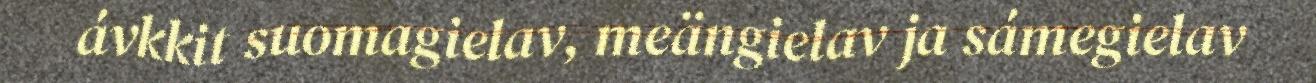
ávkkit suomagielav, meängielav ja sámegielav